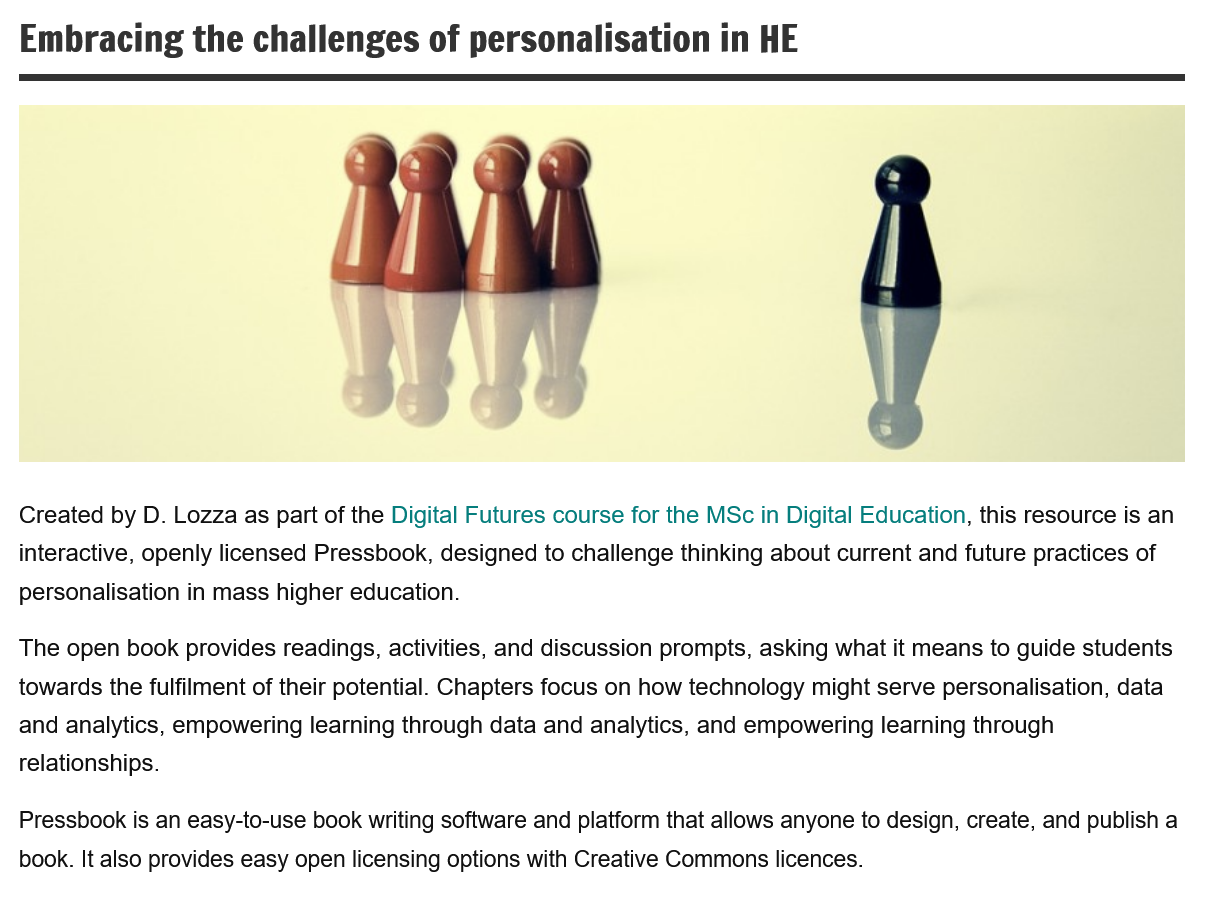
Created by D. Lozza as part of the Digital Futures course for the MSc in Digital Education, this resource is an
  interactive, openly licensed Pressbook, designed to challenge thinking about current and future practices of
  personalisation in mass higher education.
  Pressbook is an easy-to-use book writing software and platform that allows anyone to design, create, and publish a
  book. It also provides easy open licensing options with Creative Commons licences.
  The open book provides readings, activities, and discussion prompts, asking what it means to guide students
  towards the fulfilment of their potential. Chapters focus on how technology might serve personalisation, data
  and analytics, empowering learning through data and analytics, and empowering learning through
  relationships.
  Embracing    the  challenges    of personalisation    in HE